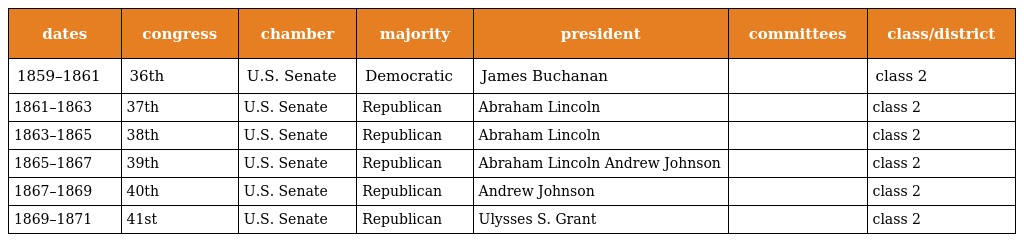
| dates | congress | chamber | majority | president | committees | class/district |
 | --- | --- | --- | --- | --- | --- | --- |
 | 1859–1861 | 36th | U.S. Senate | Democratic | James Buchanan |  | class 2 |
 | 1861–1863 | 37th | U.S. Senate | Republican | Abraham Lincoln |  | class 2 |
 | 1863–1865 | 38th | U.S. Senate | Republican | Abraham Lincoln |  | class 2 |
 | 1865–1867 | 39th | U.S. Senate | Republican | Abraham Lincoln Andrew Johnson |  | class 2 |
 | 1867–1869 | 40th | U.S. Senate | Republican | Andrew Johnson |  | class 2 |
 | 1869–1871 | 41st | U.S. Senate | Republican | Ulysses S. Grant |  | class 2 |